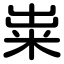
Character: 粜